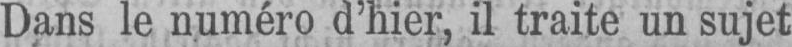
Dans le numéro d’hier, il traite un sujet